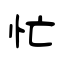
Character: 忙